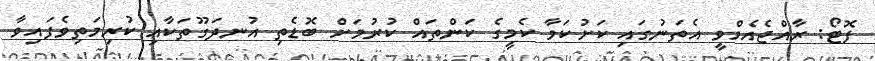
ފޮޓޯ: ރާއްޖެއެމްވީ އެތަނުގައި ކަށުކަމާ ކެމީގެ ކަންތައް ކުރުމަށް ބޮޑެތި އުނދަގޫތަކާއި ކުރިމަތިވެފައިވާ